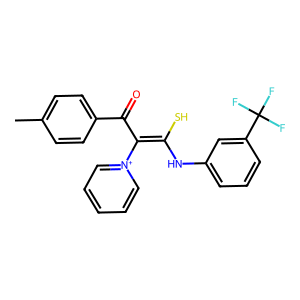
SMILES: Cc1ccc(C(=O)C(=C(S)Nc2cccc(C(F)(F)F)c2)[n+]2ccccc2)cc1
Inhibits HIV replication: No